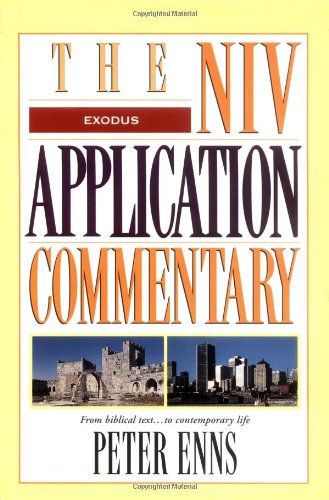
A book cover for Exodus (The NIV Application Commentary); Peter E. Enns; Religion & Spirituality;